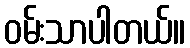
ဝမ်းသာပါတယ်။